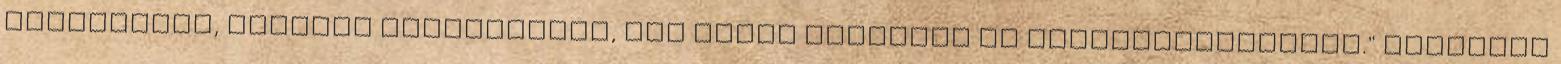
feltételek, amikről tárgyaltunk, nem lehet akadálya az együttműködésnek." Ajánlott